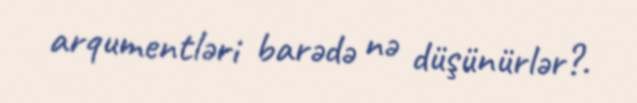
arqumentləri barədə nə düşünürlər?.